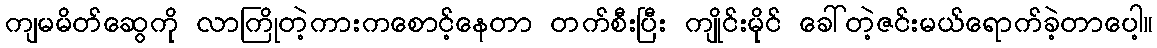
ကျမမိတ်ဆွေကို လာကြိုတဲ့ကားကစောင့်နေတာ တက်စီးပြီး ကျိုင်းမိုင် ခေါ်တဲ့ဇင်းမယ်ရောက်ခဲ့တာပေါ့။